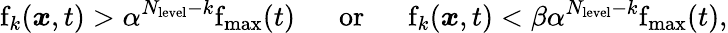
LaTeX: \mathrm{f}_{k}(\boldsymbol{x},t)>\alpha^{N_{\mathrm{level}}-k}\mathrm{f}_{\mathrm{max}}(t)\; \quad\; \mathrm{or}\; \quad\; \mathrm{f}_{k}(\boldsymbol{x},t)<\beta\alpha^{N_{\mathrm{level}}-k}\mathrm{f}_{\mathrm{max}}(t),